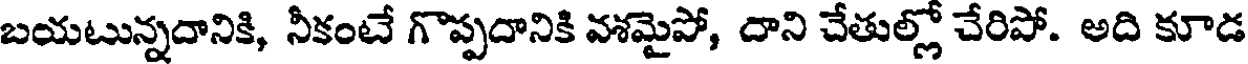
బయటున్నదానికి, నీకంటే గొప్పదానికి వశమైపో, దాని చేతుల్లో చేరిపో. అది కూడ